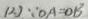
( 2 ) \because O A = O B